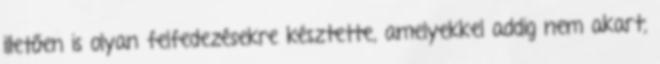
illetően is olyan felfedezésekre késztette, amelyekkel addig nem akart,